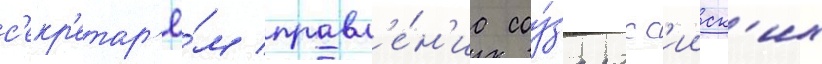
с'екр'етар'ё́м правл'е́н'иа соу́за росс'ииск'их